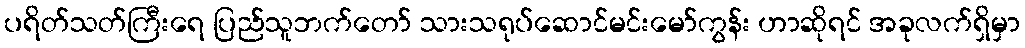
ပရိတ်သတ်ကြီးရေ ပြည်သူဘက်တော် သားသရုပ်ဆောင်မင်းမော်ကွန်း ဟာဆိုရင် အခုလက်ရှိမှာ